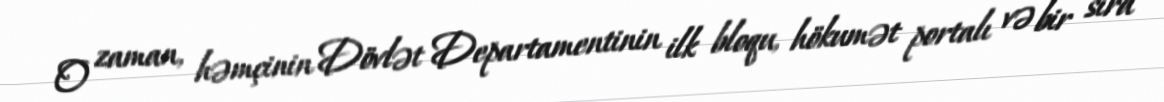
O zaman, həmçinin Dövlət Departamentinin ilk bloqu, hökumət portalı və bir sıra